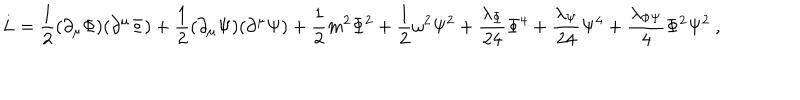
LaTeX: L = { \frac { 1 } { 2 } } ( \partial _ { \mu } \Phi ) ( \partial ^ { \mu } \Phi ) + { \frac { 1 } { 2 } } ( \partial _ { \mu } \Psi ) ( \partial ^ { \mu } \Psi ) + { \frac { 1 } { 2 } } m ^ { 2 } \Phi ^ { 2 } + { \frac { 1 } { 2 } } \omega ^ { 2 } \Psi ^ { 2 } + { \frac { \lambda _ { \Phi } } { 2 4 } } \Phi ^ { 4 } + { \frac { \lambda _ { \Psi } } { 2 4 } } \Psi ^ { 4 } + { \frac { \lambda _ { \Phi \Psi } } { 4 } } \Phi ^ { 2 } \Psi ^ { 2 } ~ ,